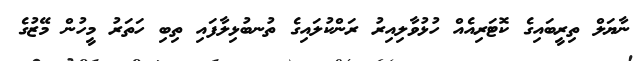
ނާޔަލް ތިރީބައިގެ ކޮޓަރިއެއް ހުޅުވާލިއިރު ރަންކުލައިގެ ތުނބުޅިލާފައި ތިބި ހަތަރު މީހުން މޭޒުގެ